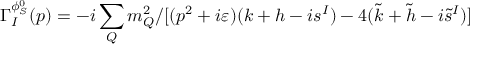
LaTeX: \Gamma _ { I } ^ { \phi _ { S } ^ { 0 } } ( p ) = - i \sum _ { Q } m _ { Q } ^ { 2 } / [ ( p ^ { 2 } + i \varepsilon ) ( k + h - i s ^ { I } ) - 4 ( \tilde { k } + \tilde { h } - i \tilde { s } ^ { I } ) ]